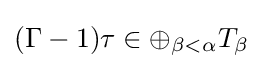
(\Gamma -1)\tau \in \oplus _{\beta <\alpha }T_{\beta }